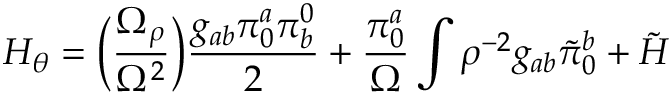
H _ { \theta } = \Bigl ( { \frac { \Omega _ { \rho } } { \Omega ^ { 2 } } } \Bigr ) { \frac { g _ { a b } \pi _ { 0 } ^ { a } \pi _ { b } ^ { 0 } } { 2 } } + { \frac { \pi _ { 0 } ^ { a } } { \Omega } } \int \rho ^ { - 2 } g _ { a b } \tilde { \pi } _ { 0 } ^ { b } + \tilde { H }